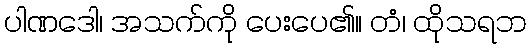
ပါဏဒေါ၊ အသက်ကို ပေးပေ၏။ တံ၊ ထိုသရဘ